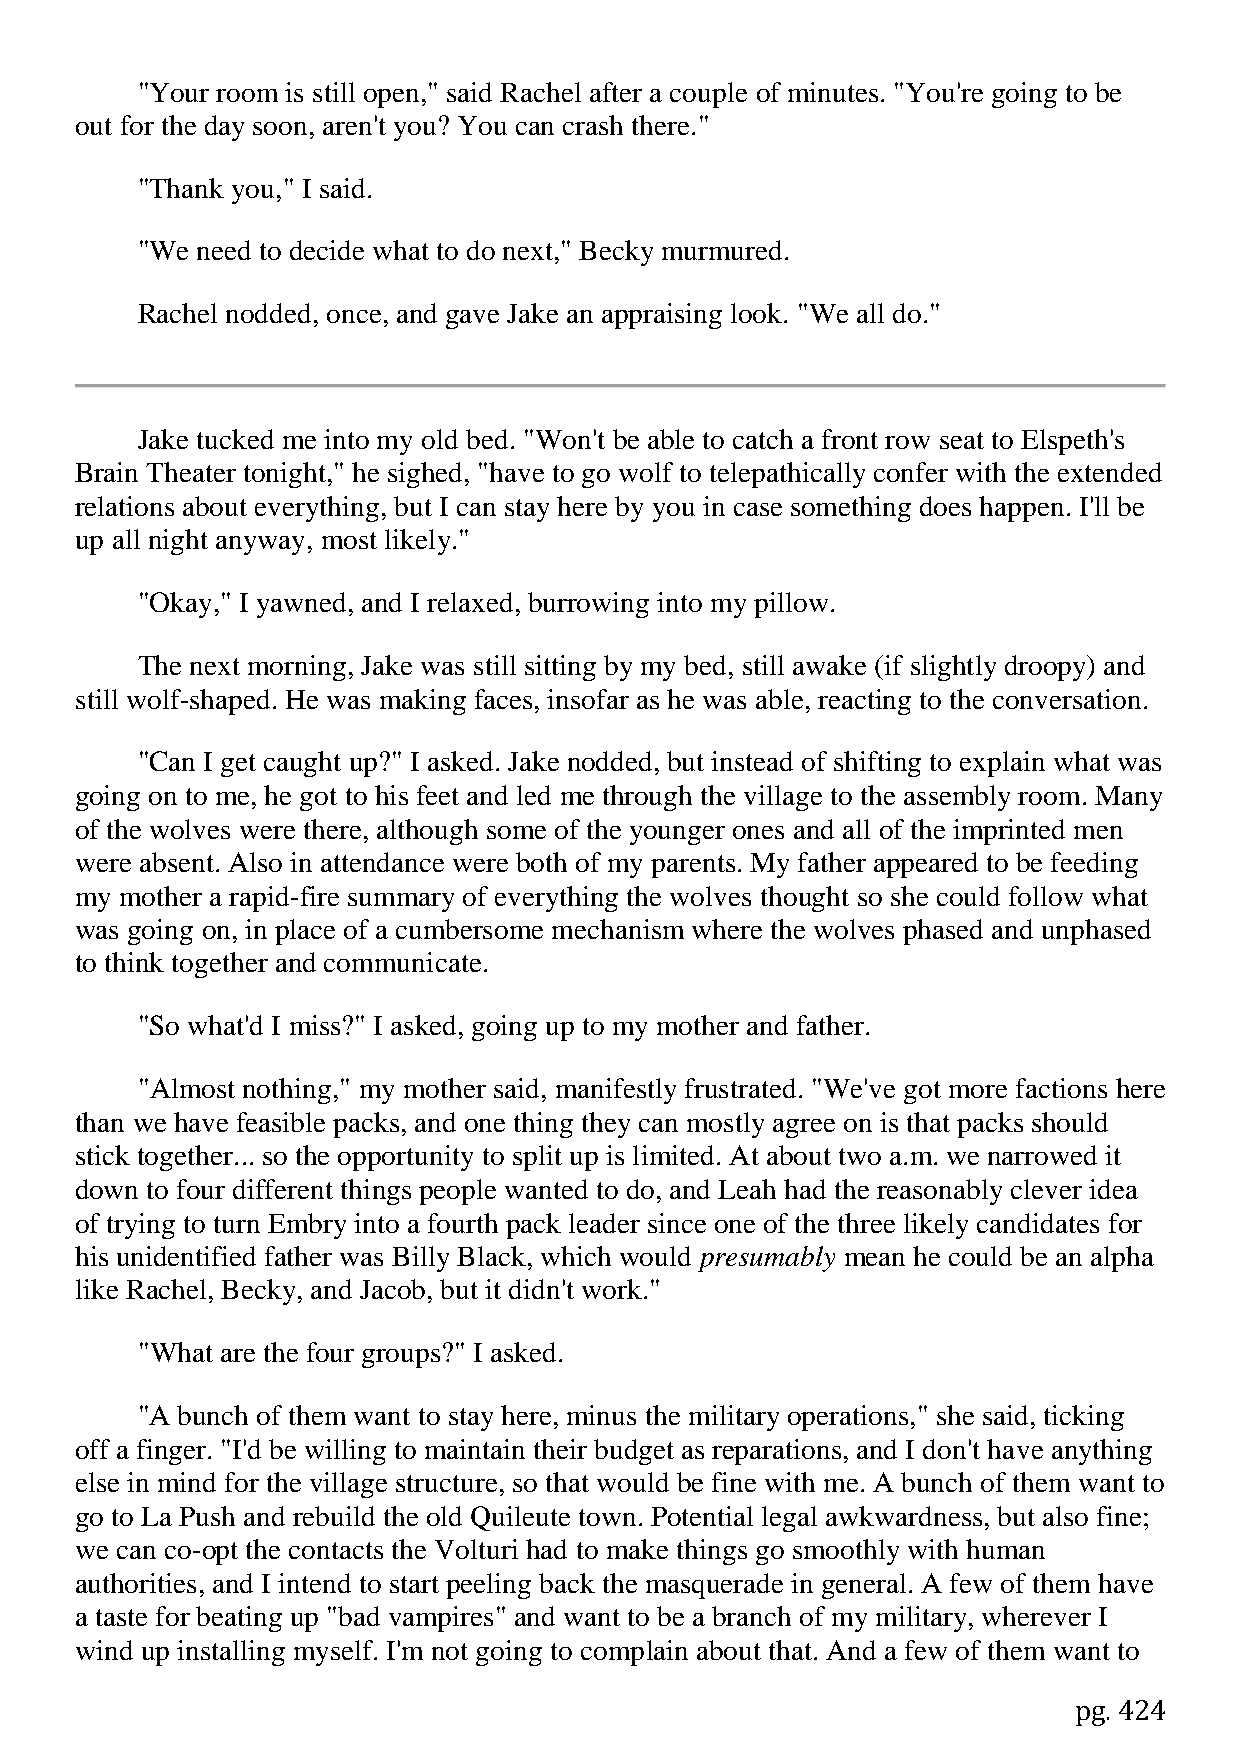
"Your room is still open," said Rachel after a couple of minutes. "You're going to be
 out for the day soon, aren't you? You can crash there."
 "Thank you," I said.
 "We need to decide what to do next," Becky murmured.
 Rachel nodded, once, and gave Jake an appraising look. "We all do."
 Jake tucked me into my old bed. "Won't be able to catch a front row seat to Elspeth's
 Brain Theater tonight," he sighed, "have to go wolf to telepathically confer with the extended
 relations about everything, but I can stay here by you in case something does happen. I'll be
 up all night anyway, most likely."
 "Okay," I yawned, and I relaxed, burrowing into my pillow.
 The next morning, Jake was still sitting by my bed, still awake (if slightly droopy) and
 still wolf-shaped. He was making faces, insofar as he was able, reacting to the conversation.
 "Can I get caught up?" I asked. Jake nodded, but instead of shifting to explain what was
 going on to me, he got to his feet and led me through the village to the assembly room. Many
 of the wolves were there, although some of the younger ones and all of the imprinted men
 were absent. Also in attendance were both of my parents. My father appeared to be feeding
 my mother a rapid-fire summary of everything the wolves thought so she could follow what
 was going on, in place of a cumbersome mechanism where the wolves phased and unphased
 to think together and communicate.
 "So what'd I miss?" I asked, going up to my mother and father.
 "Almost nothing," my mother said, manifestly frustrated. "We've got more factions here
 than we have feasible packs, and one thing they can mostly agree on is that packs should
 stick together... so the opportunity to split up is limited. At about two a.m. we narrowed it
 down to four different things people wanted to do, and Leah had the reasonably clever idea
 of trying to turn Embry into a fourth pack leader since one of the three likely candidates for
 his unidentified father was Billy Black, which would presumably mean he could be an alpha
 like Rachel, Becky, and Jacob, but it didn't work."
 "What are the four groups?" I asked.
 "A bunch of them want to stay here, minus the military operations," she said, ticking
 off a finger. "I'd be willing to maintain their budget as reparations, and I don't have anything
 else in mind for the village structure, so that would be fine with me. A bunch of them want to
 go to La Push and rebuild the old Quileute town. Potential legal awkwardness, but also fine;
 we can co-opt the contacts the Volturi had to make things go smoothly with human
 authorities, and I intend to start peeling back the masquerade in general. A few of them have
 a taste for beating up "bad vampires" and want to be a branch of my military, wherever I
 wind up installing myself. I'm not going to complain about that. And a few of them want to
 pg. 424